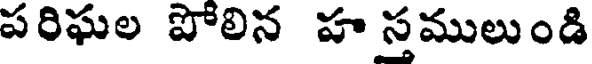
పరిఘల పోలిన హ సములుండి